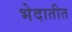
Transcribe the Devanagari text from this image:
भेदातीत